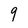
Character: 9